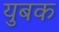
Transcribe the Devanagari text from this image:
युबक